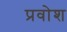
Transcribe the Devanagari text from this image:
प्रवोश